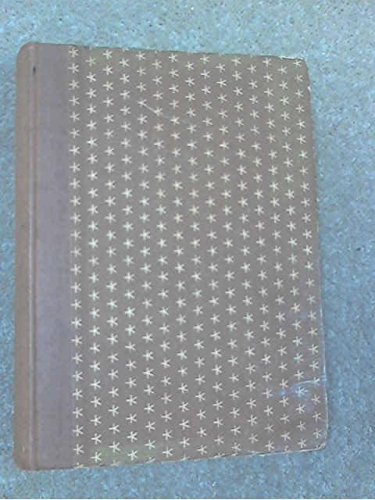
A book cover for The president's hat,; Robert Herring; Travel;